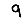
Digit: 9